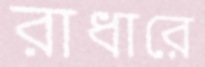
রাধারে